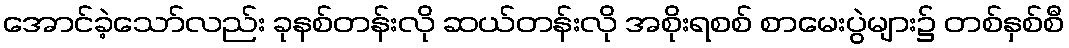
အောင်ခဲ့သော်လည်း ခုနစ်တန်းလို ဆယ်တန်းလို အစိုးရစစ် စာမေးပွဲများ၌ တစ်နှစ်စီ